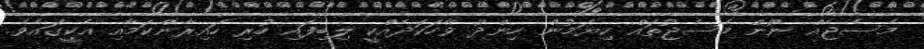
މެސެޖެއް ނޫން މެސެޖުތައް ކިޔަމުން ހިންދު ވާހަކަދެއްކީ ލިބިފައި ހުރި ހައިރާންކަމާއި އެކީގައެވެ.